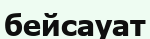
бейсауат